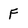
Character: F